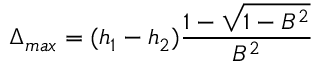
\Delta _ { m a x } = ( h _ { 1 } - h _ { 2 } ) \frac { 1 - \sqrt { 1 - B ^ { 2 } } } { B ^ { 2 } }